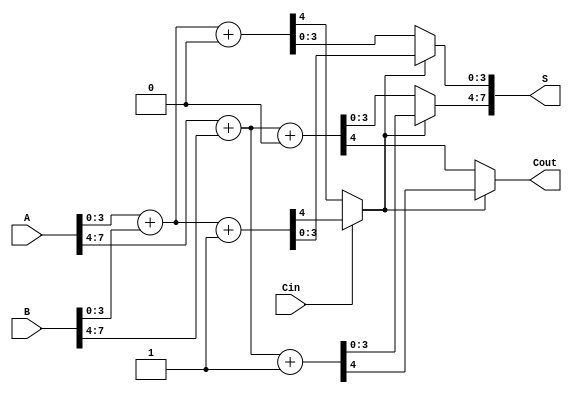
module carry_select_adder (
    input [7:0] A,      // First n-bit input
    input [7:0] B,      // Second n-bit input
    input Cin,          // Carry-in signal
    output [7:0] S,     // Sum output
    output Cout         // Carry-out signal
);

    // Internal signals for the first block (4 bits)
    wire [3:0] S1_0, S1_1;
    wire Cout_1_0, Cout_1_1;

    // Internal signals for the second block (4 bits)
    wire [3:0] S2_0, S2_1;
    wire Cout_2_0, Cout_2_1;

    // First block addition (4 bits)
    assign {Cout_1_0, S1_0} = A[3:0] + B[3:0] + 1'b0;  // Cin = 0
    assign {Cout_1_1, S1_1} = A[3:0] + B[3:0] + 1'b1;  // Cin = 1

    // Second block addition (4 bits) with carry-in from first block
    assign {Cout_2_0, S2_0} = A[7:4] + B[7:4] + 1'b0;  // Cin = 0
    assign {Cout_2_1, S2_1} = A[7:4] + B[7:4] + 1'b1;  // Cin = 1

    // MUX for selecting sum and carry-out based on Cin
    wire select_carry;
    assign select_carry = Cin ? Cout_1_1 : Cout_1_0;

    // Final sum output
    assign S = {select_carry ? S2_1 : S2_0, select_carry ? S1_1 : S1_0};

    // Final carry-out
    assign Cout = select_carry ? Cout_2_1 : Cout_2_0;

endmodule